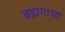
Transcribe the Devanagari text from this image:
ब्रह्यगाभा